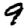
Digit: 9